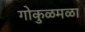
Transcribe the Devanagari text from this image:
गोकुळमळा